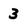
Character: 3